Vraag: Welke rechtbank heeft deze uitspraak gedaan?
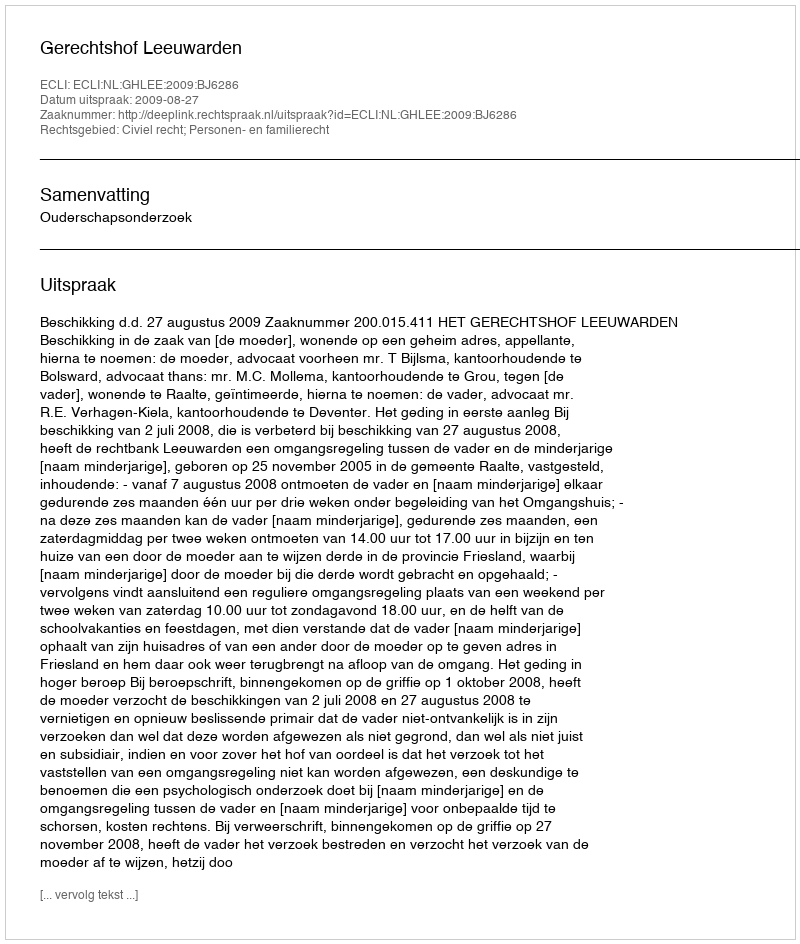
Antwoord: Gerechtshof Leeuwarden